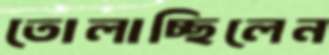
তোলাচ্ছিলেন